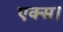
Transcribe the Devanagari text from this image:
एक्स।